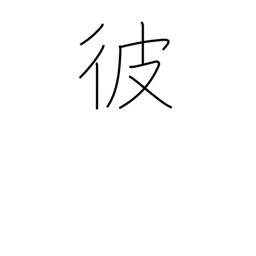
Meaning: the